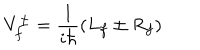
LaTeX: V _ { f } ^ { \pm } = \frac { 1 } { i \hbar } ( L _ { f } \pm R _ { f } )